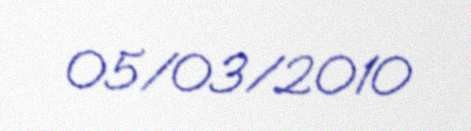
05/03/2010